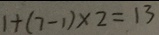
1 + ( 7 - 1 ) \times 2 = 1 3